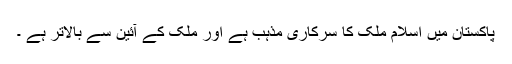
پاکستان میں اسلام ملک کا سرکاری مذہب ہے اور ملک کے آئین سے بالاتر ہے ۔